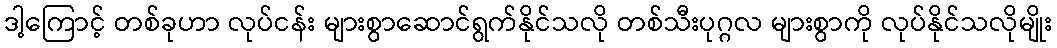
ဒါ့ကြောင့် တစ်ခုဟာ လုပ်ငန်း များစွာဆောင်ရွက်နိုင်သလို တစ်သီးပုဂ္ဂလ များစွာကို လုပ်နိုင်သလိုမျိုး